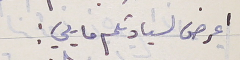
اعرض لسيادتكم ما يلي :